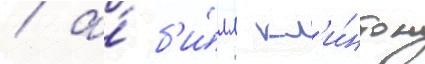
/ а́ б'и́лл кл'и́нтон